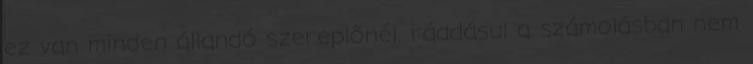
ez van minden állandó szereplőnél. ráadásul a számolásban nem